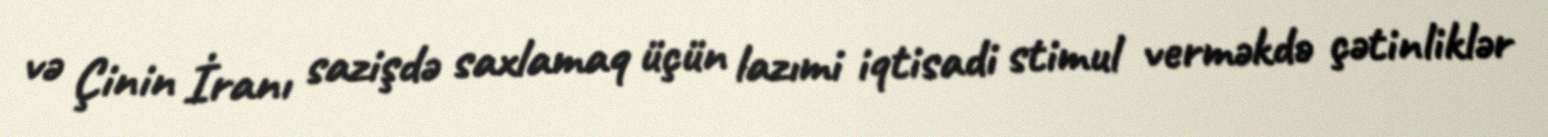
və Çinin İranı sazişdə saxlamaq üçün lazımi iqtisadi stimul verməkdə çətinliklər